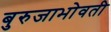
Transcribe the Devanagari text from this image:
बुरुजाभोवती